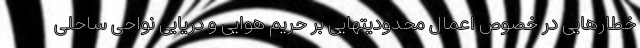
خطارهایی در خصوص اعمال محدودیتهایی بر حریم هوایی و دریایی نواحی ساحلی